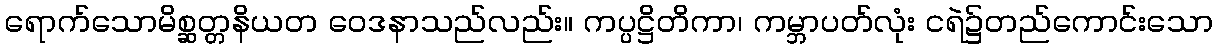
ရောက်သောမိစ္ဆတ္တနိယတ ဝေဒနာသည်လည်း။ ကပ္ပဋ္ဌိတိကာ၊ ကမ္ဘာပတ်လုံး ငရဲ၌တည်ကောင်းသော